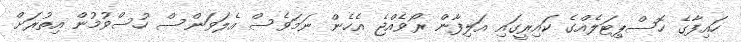
ހައިފާގެ ހޮސްޕިޓަލެއްގެ ކައިރީގައި އަލިފާން ރޯވެއްޖެ އެހެން ނަމަވެސް އެލަވަންސް ހުސްވުމުން އިތުރަށް